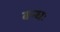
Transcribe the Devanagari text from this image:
बन्धः